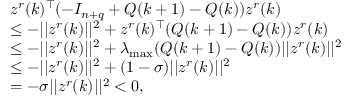
\begin{array} { r l } & { z ^ { r } ( k ) ^ { \top } ( - I _ { n + q } + Q ( k + 1 ) - Q ( k ) ) z ^ { r } ( k ) } \\ & { \leq - \lvert | z ^ { r } ( k ) \rvert | ^ { 2 } + z ^ { r } ( k ) ^ { \top } ( Q ( k + 1 ) - Q ( k ) ) z ^ { r } ( k ) } \\ & { \leq - \lvert | z ^ { r } ( k ) \rvert | ^ { 2 } + \lambda _ { \operatorname* { m a x } } ( Q ( k + 1 ) - Q ( k ) ) \lvert | z ^ { r } ( k ) \rvert | ^ { 2 } } \\ & { \leq - \lvert | z ^ { r } ( k ) \rvert | ^ { 2 } + ( 1 - \sigma ) \lvert | z ^ { r } ( k ) \rvert | ^ { 2 } } \\ & { = - \sigma \lvert | z ^ { r } ( k ) \rvert | ^ { 2 } < 0 , } \end{array}